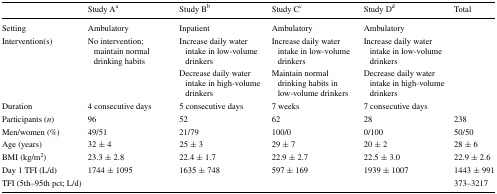
|  | Study Aa | Study Bb | Study Cc | Study Dd | Total |
 | --- | --- | --- | --- | --- | --- |
 | Setting | Ambulatory | Inpatient | Ambulatory | Ambulatory |  |
 | Intervention(s) | No intervention; maintain normal drinking habits | Increase daily water intake in low-volume drinkers | Increase daily water intake in low-volume drinkers | Increase daily water intake in low-volume drinkers |  |
 |  |  | Decrease daily water intake in high-volume drinkers | Maintain normal drinking habits in low-volume drinkers | Decrease daily water intake in high-volume drinkers |  |
 | Duration | 4 consecutive days | 5 consecutive days | 7 weeks | 7 consecutive days |  |
 | Participants (n) | 96 | 52 | 62 | 28 | 238 |
 | Men/women (%) | 49/51 | 21/79 | 100/0 | 0/100 | 50/50 |
 | Age (years) | 32 ± 4 | 25 ± 3 | 29 ± 7 | 20 ± 2 | 28 ± 6 |
 | BMI (kg/m2) | 23.3 ± 2.8 | 22.4 ± 1.7 | 22.9 ± 2.7 | 22.5 ± 3.0 | 22.9 ± 2.6 |
 | Day 1 TFI (L/d) | 1744 ± 1095 | 1635 ± 748 | 597 ± 169 | 1939 ± 1007 | 1443 ± 991 |
 | TFI (5th–95th pct; L/d) |  |  |  |  | 373–3217 |